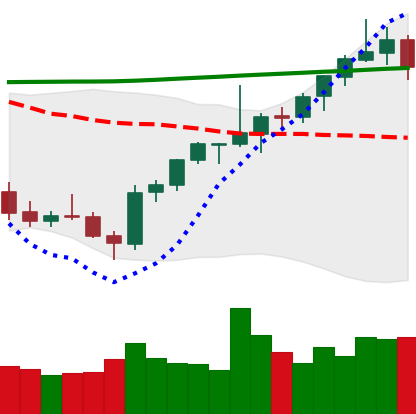
Ticker: ETH-USD
Chart end date: 2021-08-03
Forward return: 20.436%
Label: up_7plus